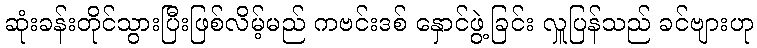
ဆုံးခန်းတိုင်သွားပြီးဖြစ်လိမ့်မည် ကဗင်းဒစ် နှောင်ဖွဲ့ခြင်း လှူပြန်သည် ခင်ဗျားဟု